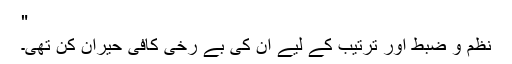
"
نظم و ضبط اور ترتیب کے لیے ان کی بے رخی کافی حیران کن تھی۔